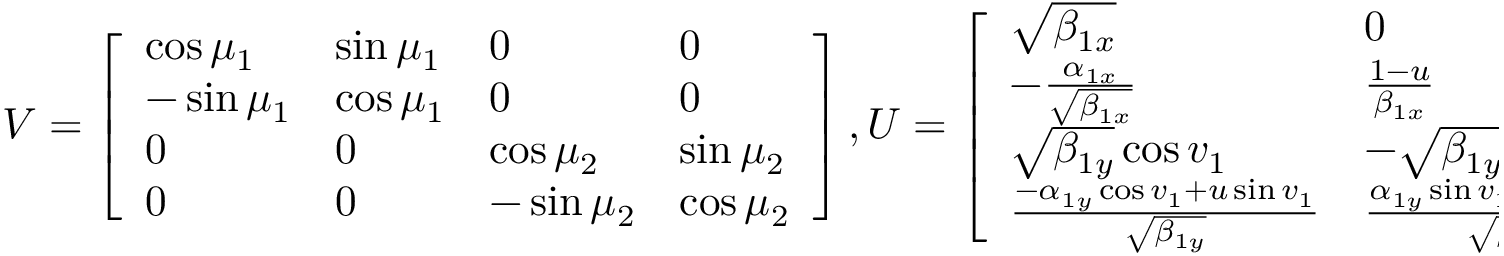
V = \left[ \begin{array} { l l l l } { \cos \mu _ { 1 } } & { \sin \mu _ { 1 } } & { 0 } & { 0 } \\ { - \sin \mu _ { 1 } } & { \cos \mu _ { 1 } } & { 0 } & { 0 } \\ { 0 } & { 0 } & { \cos \mu _ { 2 } } & { \sin \mu _ { 2 } } \\ { 0 } & { 0 } & { - \sin \mu _ { 2 } } & { \cos \mu _ { 2 } } \end{array} \right] , U = \left[ \begin{array} { l l l l } { \sqrt { \beta _ { 1 x } } } & { 0 } & { \sqrt { \beta _ { 2 x } } \cos v _ { 2 } } & { - \sqrt { \beta _ { 2 x } } \sin v _ { 2 } } \\ { - \frac { \alpha _ { 1 x } } { \sqrt { \beta _ { 1 x } } } } & { \frac { 1 - u } { \beta _ { 1 x } } } & { \frac { - \alpha _ { 2 x } \cos v _ { 2 } + u \sin v _ { 2 } } { \sqrt { \beta _ { 2 x } } } } & { \frac { \alpha _ { 2 x } \sin v _ { 2 } + u \cos v _ { 2 } } { \sqrt { \beta _ { 2 x } } } } \\ { \sqrt { \beta _ { 1 y } } \cos v _ { 1 } } & { - \sqrt { \beta _ { 1 y } } \sin v _ { 1 } } & { \sqrt { \beta _ { 2 y } } } & { 0 } \\ { \frac { - \alpha _ { 1 y } \cos v _ { 1 } + u \sin v _ { 1 } } { \sqrt { \beta _ { 1 y } } } } & { \frac { \alpha _ { 1 y } \sin v _ { 1 } + u \cos v _ { 1 } } { \sqrt { \beta _ { 1 y } } } } & { - \frac { \alpha _ { 2 y } } { \sqrt { \beta _ { 2 y } } } } & { \frac { 1 - u } { \sqrt { \beta _ { 2 y } } } } \end{array} \right]